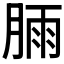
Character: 𣍾